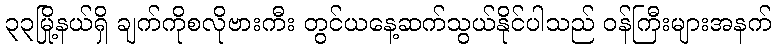
၃၃မြို့နယ်ရှိ ချက်ကိုစလိုဗားကီး တွင်ယနေ့ဆက်သွယ်နိုင်ပါသည် ဝန်ကြီးများအနက်